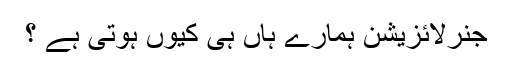
جنرلائزیشن ہمارے ہاں ہی کیوں ہوتی ہے ؟